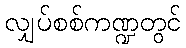
လျှပ်စစ်ကဏ္ဍတွင်